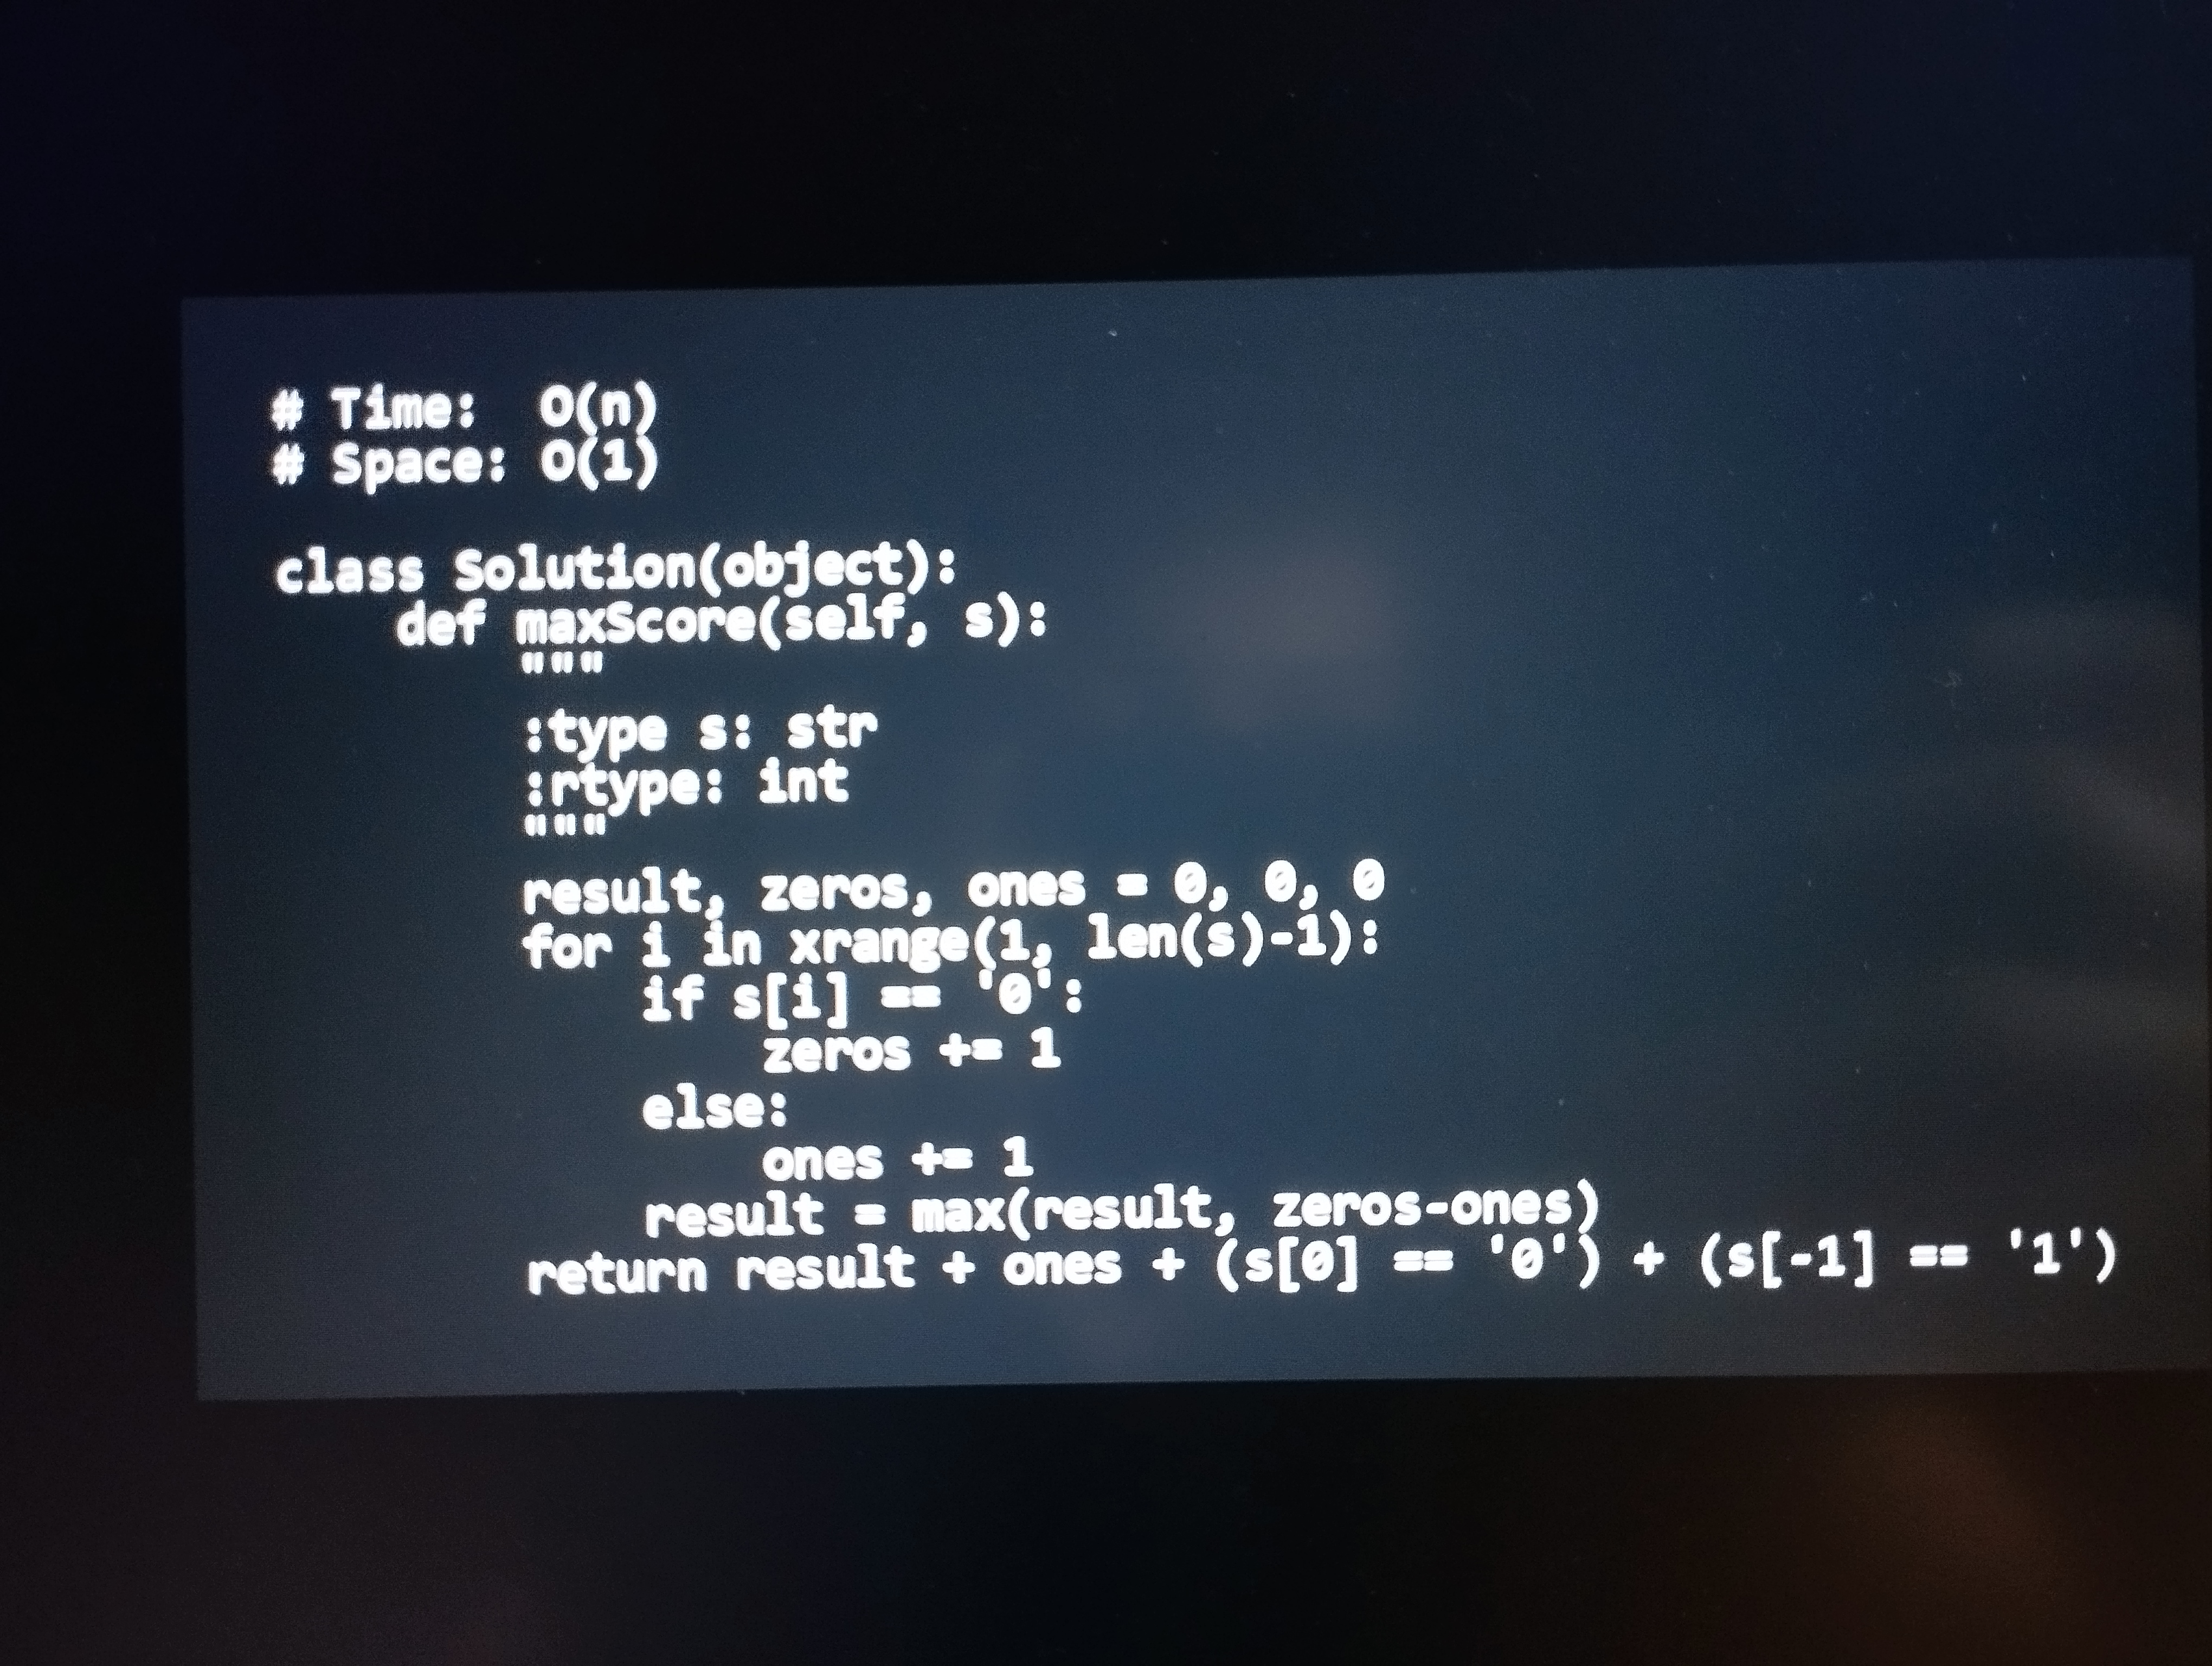
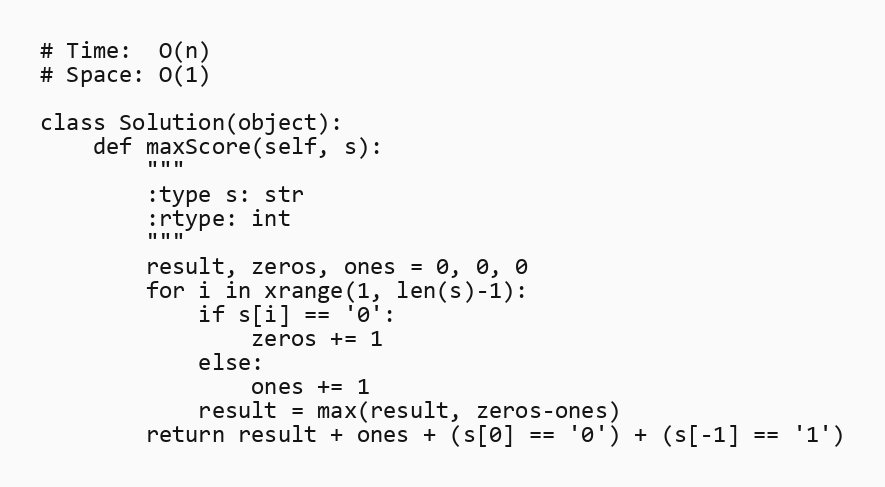
# Time:  O(n)
# Space: O(1)

class Solution(object):
    def maxScore(self, s):
        """
        :type s: str
        :rtype: int
        """
        result, zeros, ones = 0, 0, 0
        for i in xrange(1, len(s)-1):
            if s[i] == '0':
                zeros += 1
            else:
                ones += 1
            result = max(result, zeros-ones)
        return result + ones + (s[0] == '0') + (s[-1] == '1')